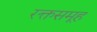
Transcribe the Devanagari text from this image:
रक्तसमूह